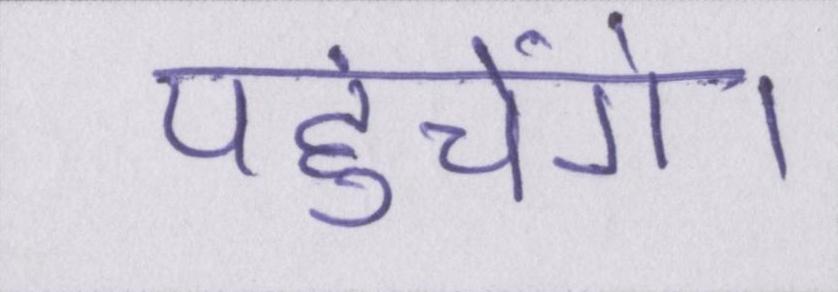
पहुंचेंगे।